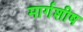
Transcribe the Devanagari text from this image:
मार्गशीष